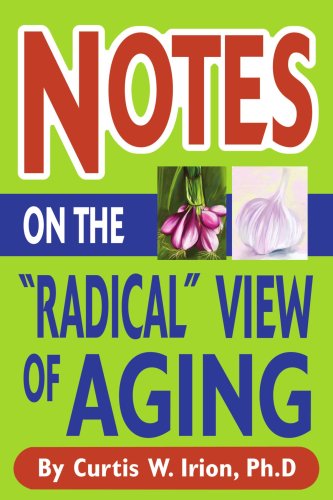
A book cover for Notes on the "Radical" View of Aging; Curtis Irion; Health, Fitness & Dieting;